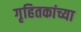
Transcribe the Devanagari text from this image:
गृहितकांच्या